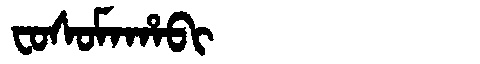
Manchu: ᠸᠣᠰᠣᠮᠠᡥᠠᠪᡳ
Romanization: FOSOMAHABI